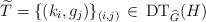
\begin{align*}\widetilde{T} = \{(k_i, g_j)\}_{(i, j)}\,\in\, \mathrm{DT}_{\widehat{G}}(H)\end{align*}